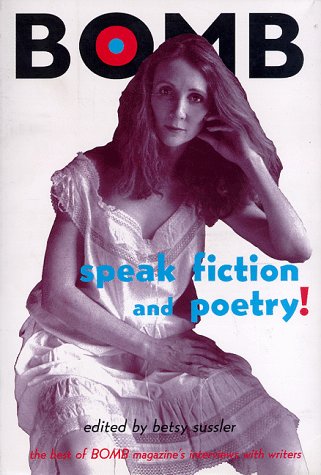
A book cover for Speak Fiction and Poetry!: The Best of Bomb Magazine's Interviews With Writers; Betsy Sussler; Humor & Entertainment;